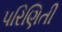
પરિણિતી